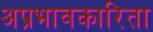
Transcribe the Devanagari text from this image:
अप्रभावकारिता